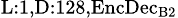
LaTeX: _{\textrm{L}:1,\textrm{D}:128,\textrm{EncDec}_{\textrm{B}2}}